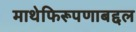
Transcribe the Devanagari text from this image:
माथेफिरूपणाबद्दल